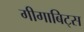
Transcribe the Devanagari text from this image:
गीगाबिट्स